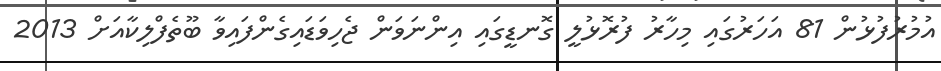
އުމުރުފުޅުން 81 އަހަރުގައި މިހާރު ފުރޮޅުލީ ގޮނޑީގައި އިންނަވަން ޖެހިވަޑައިގެންފައިވާ ބޫތެފްލިކާއަށް 2013